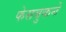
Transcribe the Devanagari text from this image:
फेसबुकने